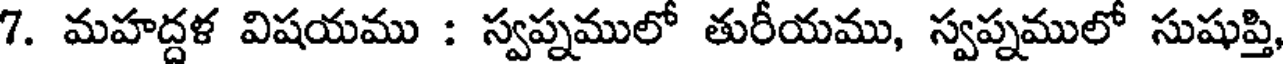
7. మహద్దళ విషయము : స్వప్నములో తురీయము, స్వప్నములో సుషుప్తి